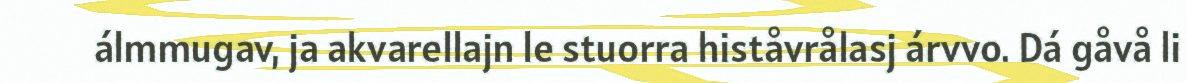
álmmugav, ja akvarellajn le stuorra histåvrålasj árvvo. Dá gåvå li